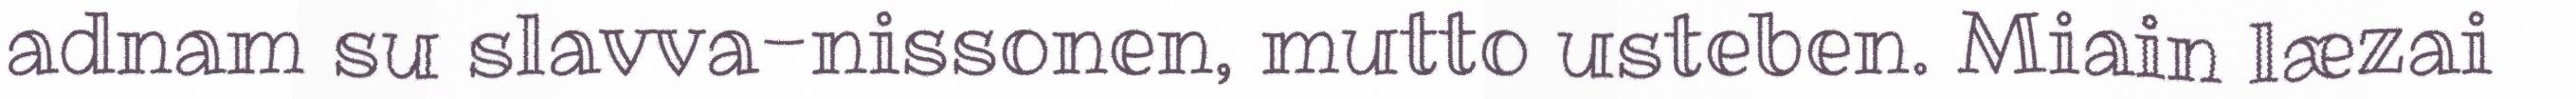
adnam su slavva-nissonen, mutto usteben. Miain læzai